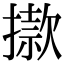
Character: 𢴪